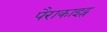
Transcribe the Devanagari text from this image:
पैराकाइट्स